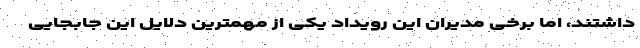
داشتند، اما برخی مدیران این رویداد یکی از مهمترین دلایل این جابجایی